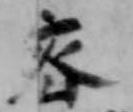
密